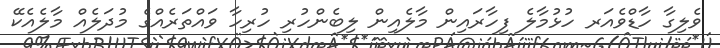
ވެލިގާ ހާޑްވެއަރ ހުޅުމާލެ ފިހާރައިން މާލެއިން ލިބެންހުރި ހުރިހާ ވައްތަރެއްގެ މުދަލެއް މާލެއެކޭ